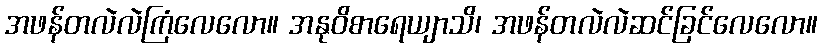
အဖန်တလဲလဲကြံလေလော။ အနုဝိစာရေယျာသိ၊ အဖန်တလဲလဲဆင်ခြင်လေလော။